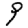
Digit: 9